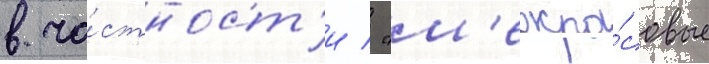
в ча́стност'и / "м'ежра́совые